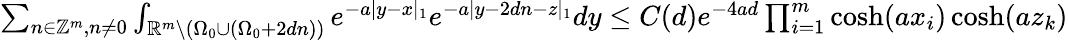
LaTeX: \begin{array}{r}{\sum_{n\in\mathbb{Z}^{m},n\neq 0}\int_{\mathbb{R}^{m}\setminus({\Omega_{0}}\cup({\Omega_{0}}+2dn))}e^{-a|y-x|_{1}}e^{-a|y-2dn-z|_{1}}dy\leq C(d)e^{-4ad}\prod_{i=1}^{m}\cosh(ax_{i})\cosh(az_{k})}\end{array}